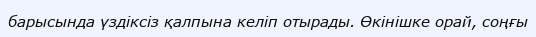
барысында үздіксіз қалпына келіп отырады. Өкінішке орай, соңғы